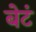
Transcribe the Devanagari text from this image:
बेटं